Vaccination in Bombay 1874-1876 - 1874-1876
Year: 1874
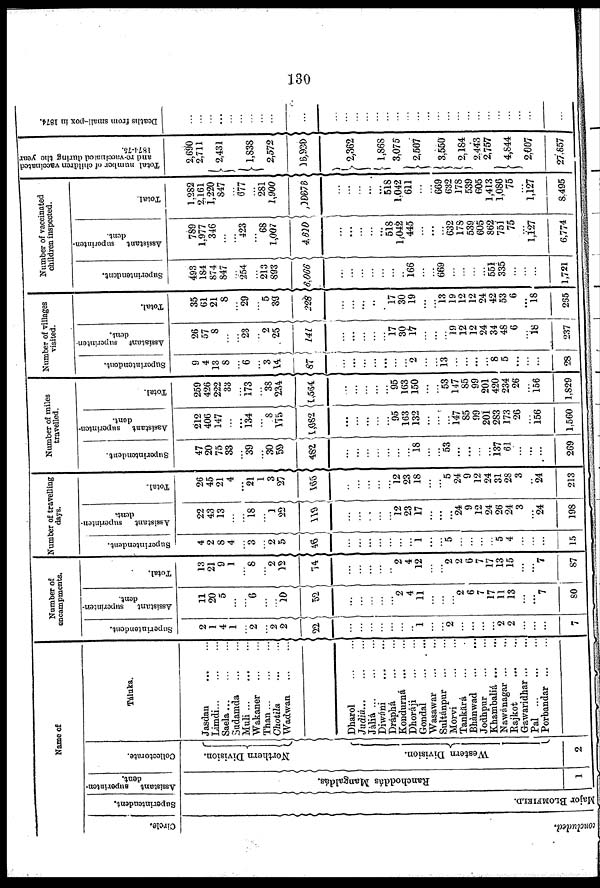
130
Name of
Circle.
concluded.
Superintendent.
Major BLOMFIELD.
Assistant superinten-
dent.
Ranchoddás Mangaldás.
1
Collectorate.
Northern Division.
Western Division.
2
Táluka.
Jasdan
...
...
Limdi
...
...
...
Saela
...
...
...
Sudamda
...
...
Muli
...
...
...
Wakaner
...
...
Than
...
...
...
Chotila
...
...
Wadwan
...
...
Dharol
...
...
Judiá
...
...
...
Jàliá
...
...
...
Diwáni ... ... ...
Dráphá
...
...
Kondurná
...
...
Dhoráji
...
...
Gondal
...
...
Wasawar
...
...
Sultánpur
...
...
Morvi
...
...
Tankará ... ...
Bhànwad
...
...
Jodhpur
...
...
Khambaliá
...
...
Nawánagar
...
...
Rajkot
...
...
Gawaridhar ... ...
Pal ... ... ...
Porbandar
...
...
Number of
encampments.
Superintendent.
2
1
4
1
...
2
...
2
2
22
...
...
...
...
...
...
...
1
...
...
2
...
...
...
...
2
2
...
...
...
7
Assistant
superinten-
dent.
11
20
5
...
...
6
...
...
10
52
...
...
...
...
...
2
4
11
...
...
...
2
6
7
17
11
13
...
...
7
80
Total.
13
21
9
1
...
8
...
2
12
74
...
...
...
...
...
2
4
12
...
...
2
2
6
7
17
13
15
...
...
7
87
Number of travelling
days.
Superintendent.
4
2
8
4
...
3
...
2
5
46
...
...
...
...
...
...
...
1
...
...
5
...
...
...
...
5
4
...
...
...
15
Assistant superinten-
dent.
22
43
13
...
...
18
...
1
22
119
...
...
...
...
...
12
23
17
...
...
...
24
9
12
24
26
24
3
...
24
198
Total.
26
45
21
4
...
21
1
3
27
165
...
...
...
...
...
12
23
18
...
...
5
24
9
12
24
31
28
3
...
24
213
Number of miles
travelled.
Superintendent.
47
20
75
33
...
39
...
30
59
482
...
...
...
...
...
...
...
18
...
...
53
...
...
...
...
137
61
...
...
...
269
Assistant superinten-
dent.
212
406
147
...
...
134
...
8
175
1,082
...
...
...
...
...
95
163
132
...
...
...
147
85
99
201
283
173
26
...
156
1,560
Total.
259
426
222
33
...
173
...
38
234
1,564
...
...
...
...
...
95
163
150
...
...
53
147
85
99
201
420
234
26
...
156
1,829
Number of villages
visited.
Superintendent.
9
4
13
8
...
6
...
3
14
87
...
...
...
...
...
...
...
2
...
...
13
...
...
...
...
8
5
...
...
...
28
Assistant superinten-
dent.
26
57
8
...
...
23
...
2
25
141
...
...
...
...
...
17
30
17
...
...
...
19
12
12
24
34
48
6
...
18
237
Total.
35
61
21
8
...
29
...
5
39
228
...
...
...
..
...
17
30
19
...
...
13
19
12
12
24
42
53
6
... 18
265
Number of vaccinated
children inspected.
Superintendent.
493
184
874
847
...
254
...
213
893
6,066
...
...
...
...
...
...
...
166
...
...
669
...
...
...
...
551
335
...
...
...
1,721
Assistant superinten-
dent.
789
1,977
346
...
...
423
...
68
1,007
4,610
...
...
...
...
...
518
1,042
445
...
...
...
632
178
539
605
862
751
75
...
1,127
6,774
Total.
1,282
2,161
1,220
847
...
677
...
281
1,900
10676
...
...
...
...
...
518
1,042
611
...
...
669
632
178
539
605
1,413
1,086
75
...
1,127
8,495
Total number of children vaccinated
and re-vaccinated during the year
1874-75.
2,690
2,711
2,431
1,838
2,572
16,930
2,362
1,868
3,075
2,567
3,550
2,184
2,443
2,757
4,844
2,007
27,657
Deaths from small-pox in 1874.
...
...
...
...
...
...
...
...
...
...
...
...
...
...
...
...
...
...
...
...
...
...
...
...
...
...
...
...
...
...
...